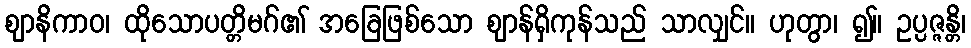
ဈာနိကာဝ၊ ထိုသောပတ္တိမဂ်၏ အခြေဖြစ်သော ဈာန်ရှိကုန်သည် သာလျှင်။ ဟုတွာ၊ ၍။ ဥပ္ပဇ္ဇန္တိ၊